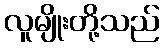
လူမျိုးတို့သည်